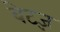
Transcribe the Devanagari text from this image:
बेट्ज़